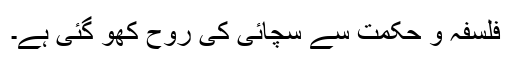
فلسفہ و حکمت سے سچائی کی روح کھو گئی ہے۔